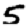
Digit: 5